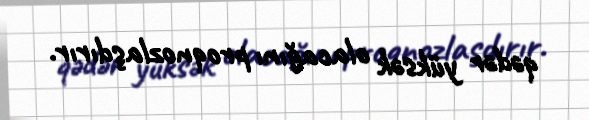
qədər yüksək olacağını proqnozlaşdırır.